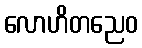
လောဟိတညေဝ